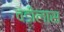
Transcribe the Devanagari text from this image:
वडीलास